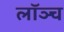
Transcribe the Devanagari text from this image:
लॉञ्च